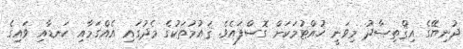
ދުނިޔޭގެ އިޤްތިޞާދު މިވަނީ ހުއްޓުމަކަށް ގޮސްފައެވެ. ޤައުމުތަކުގެ މެދުގައި އެއްގަމާއި ކަނޑާއި ވައިގެ